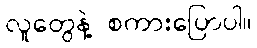
လူတွေနဲ့ စကားပြောပါ။